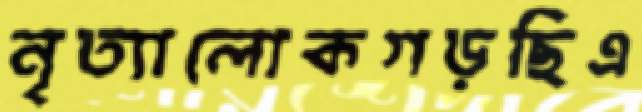
নৃত্যালোকগড়ছিএ